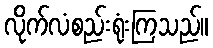
လိုက်လံစည်းရုံးကြသည်။